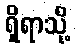
ရှိရာသို့